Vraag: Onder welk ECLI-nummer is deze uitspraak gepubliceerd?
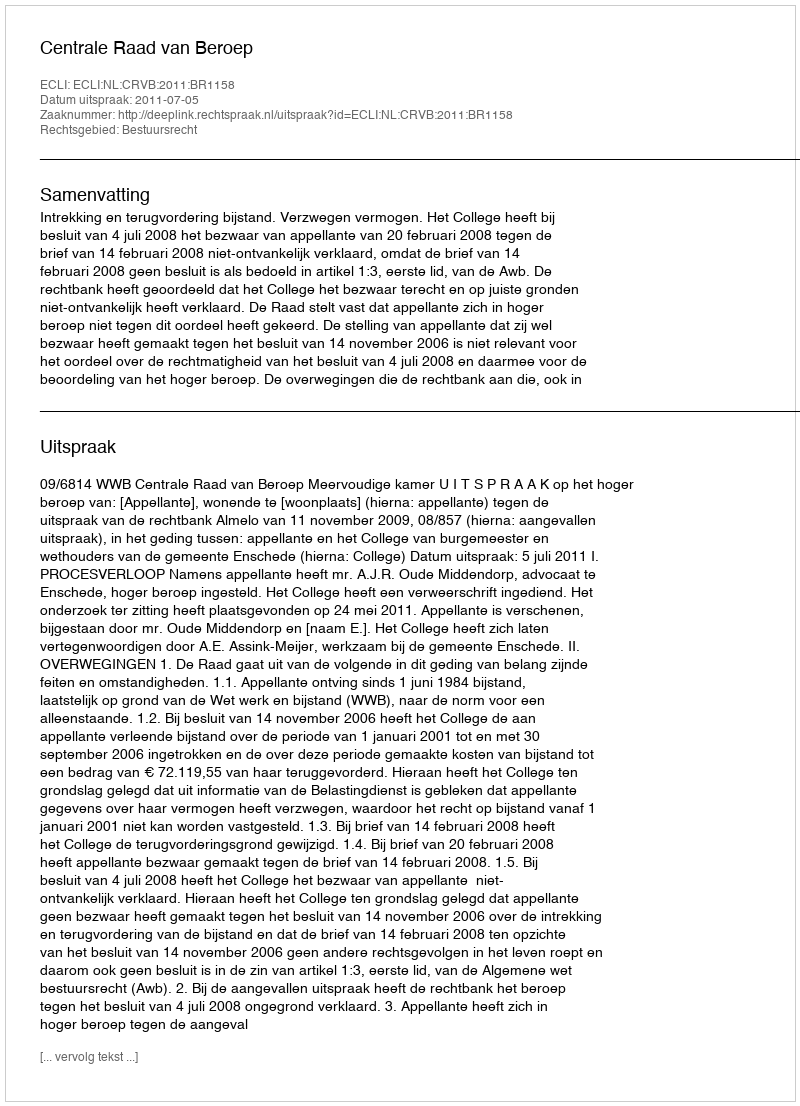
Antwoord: ECLI:NL:CRVB:2011:BR1158